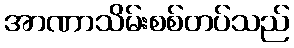
အာဏာသိမ်းစစ်တပ်သည်